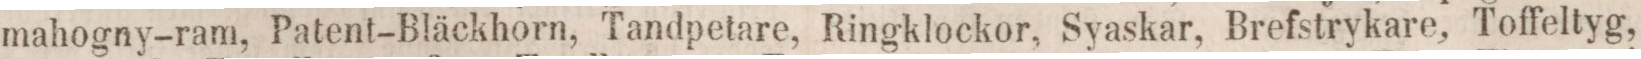
mahogny-ram, Patent-Bläckhorn, Tandpetare, Ringklockor, Syaskar, Brefstrykare, Toffeltyg,